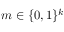
m \in \{ 0 , 1 \} ^ { k }